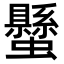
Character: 𧔤